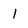
Character: 1